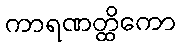
ကာရဏတ္ထိကော